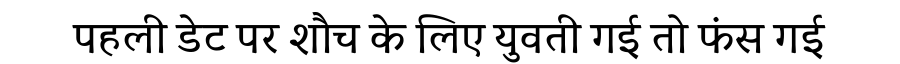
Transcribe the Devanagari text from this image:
पहली डेट पर शौच के लिए युवती गई तो फंस गई